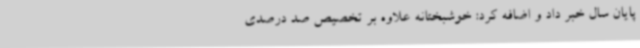
پایان سال خبر داد و اضافه کرد: خوشبختانه علاوه بر تخصیص صد درصدی